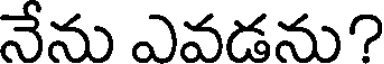
నేను ఎవడను?